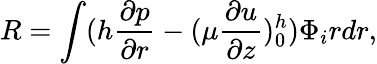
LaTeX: R=\int(h\frac{\partial p}{\partial r}-(\mu\frac{\partial u}{\partial z})_{0}^{h})\Phi_{i}rdr,